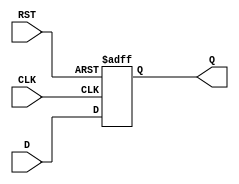
module DataRegister (
    input wire D,        // Data input
    input wire CLK,      // Clock input
    input wire RST,      // Reset input
    output reg Q         // Data output
);

// Always block triggered on the rising edge of the clock or the asynchronous reset
always @(posedge CLK or posedge RST) begin
    if (RST) begin
        Q <= 1'b0;      // Asynchronous reset to 0
    end else begin
        Q <= D;         // Capture data input on clock edge
    end
end

endmodule